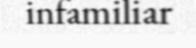
infamiliar